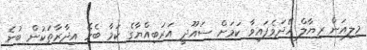
މިލިއަން ރިޔާލް ހޭދަވެފައިވާ ކަމަށް ސައޫދީ އަރަބިއްޔާގެ ކަމާ ބެހޭ އިދާރާތަކުން ބުނެ